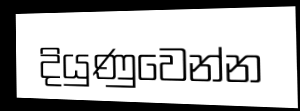
දියුණුවෙන්න